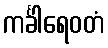
ကင်္ခါရေဝတံ